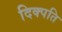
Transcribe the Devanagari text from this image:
दिक्पति